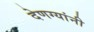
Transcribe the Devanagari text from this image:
देणग्यांनी